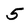
Character: 5